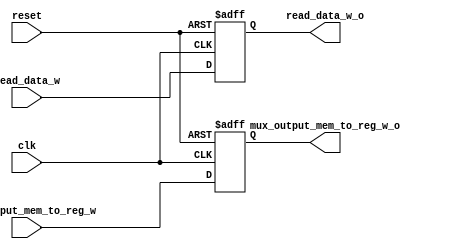
module PIPE_MEM_WB
(
	input clk,
	input reset,
    input [31:0] read_data_w,
    input [31:0] mux_output_mem_to_reg_w,

    output reg [31:0] read_data_w_o,
    output reg [31:0] mux_output_mem_to_reg_w_o

);

always @(negedge reset or posedge clk)
    begin
		if (reset == 0)
			begin
                read_data_w_o <= 0;
                mux_output_mem_to_reg_w_o <= 0;
			end
		else
			begin
                read_data_w_o <= read_data_w;
                mux_output_mem_to_reg_w_o <= mux_output_mem_to_reg_w;
			end
	end

endmodule